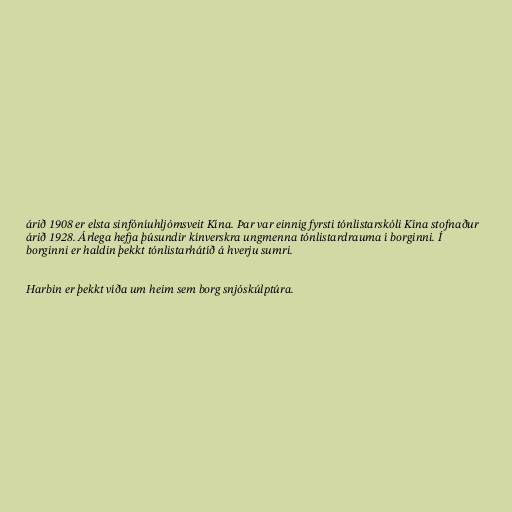
árið 1908 er elsta sinfóníuhljómsveit Kína. Þar var einnig fyrsti tónlistarskóli Kína stofnaður
árið 1928. Árlega hefja þúsundir kínverskra ungmenna tónlistardrauma í borginni. Í
borginni er haldin þekkt tónlistarhátíð á hverju sumri.

Harbin er þekkt víða um heim sem borg snjóskúlptúra.